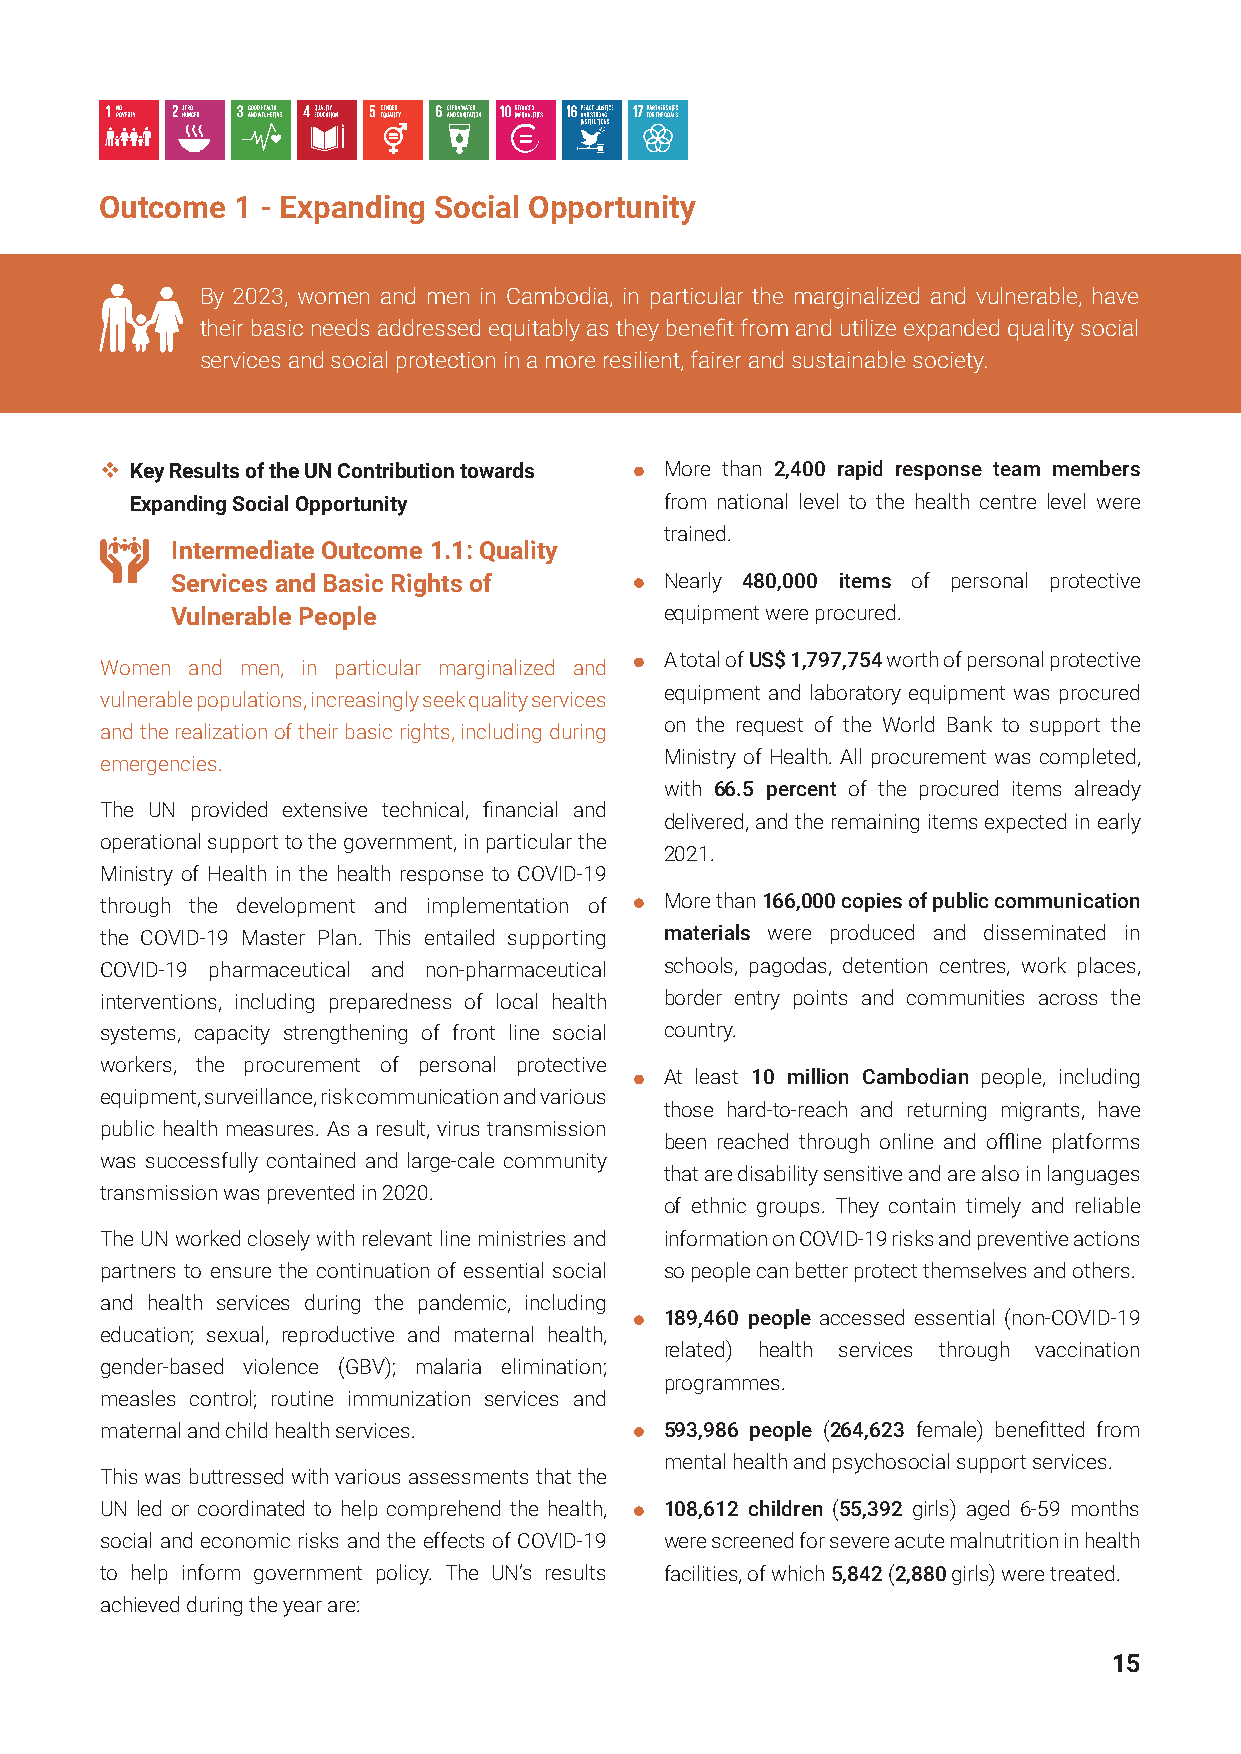
Outcome  1 - Expanding Social Opportunity
 By 2023, women and men in Cambodia, in particular the marginalized and vulnerable, have
 their basic needs addressed equitably as they benefit from and utilize expanded quality social
 services and social protection in a more resilient, fairer and sustainable society.
  Key Results of the UN Contribution towards More than 2,400 rapid response team members
 Expanding Social Opportunity       from national level to the health centre level were
 trained.
 Intermediate Outcome 1.1: Quality
 Services and Basic Rights of     Nearly 480,000 items of personal protective
 Vulnerable People                equipment were procured.
 A total of US$ 1,797,754 worth of personal protective
 Women and men, in particular marginalized and
 equipment and laboratory equipment was procured
 vulnerable populations, increasingly seek quality services
 on the request of the World Bank to support the
 and the realization of their basic rights, including during
 Ministry of Health. All procurement was completed,
 emergencies.
 with 66.5 percent of the procured items already
 The UN provided extensive technical, financial and
 delivered, and the remaining items expected in early
 operational support to the government, in particular the
 2021.
 Ministry of Health in the health response to COVID-19
 through the development and implementation of More than 166,000 copies of public communication
 the COVID-19 Master Plan. This entailed supporting materials were produced and disseminated in
 COVID-19 pharmaceutical and non-pharmaceutical schools, pagodas, detention centres, work places,
 interventions, including preparedness of local health border entry points and communities across the
 systems, capacity strengthening of front line social country.
 workers, the procurement of personal protective
 At least 10 million Cambodian people, including
 equipment, surveillance, risk communication and various
 those hard-to-reach and returning migrants, have
 public health measures. As a result, virus transmission
 been reached through online and offline platforms
 was successfully contained and large-cale community
 that are disability sensitive and are also in languages
 transmission was prevented in 2020.
 of ethnic groups. They contain timely and reliable
 The UN worked closely with relevant line ministries and information on COVID-19 risks and preventive actions
 partners to ensure the continuation of essential social so people can better protect themselves and others.
 and health services during the pandemic, including
 189,460 people accessed essential (non-COVID-19
 education; sexual, reproductive and maternal health,
 related) health services through vaccination
 gender-based violence (GBV); malaria elimination;
 programmes.
 measles control; routine immunization services and
 maternal and child health services.  593,986 people (264,623 female) benefitted from
 mental health and psychosocial support services.
 This was buttressed with various assessments that the
 UN led or coordinated to help comprehend the health, 108,612 children (55,392 girls) aged 6-59 months
 social and economic risks and the effects of COVID-19 were screened for severe acute malnutrition in health
 to help inform government policy. The UN’s results facilities, of which 5,842 (2,880 girls) were treated.
 achieved during the year are:
 15